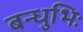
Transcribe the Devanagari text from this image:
बन्धुभिः